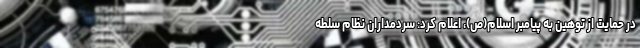
در حمایت از توهین به پیامبر اسلام(ص)، اعلام کرد: سردمداران نظام سلطه